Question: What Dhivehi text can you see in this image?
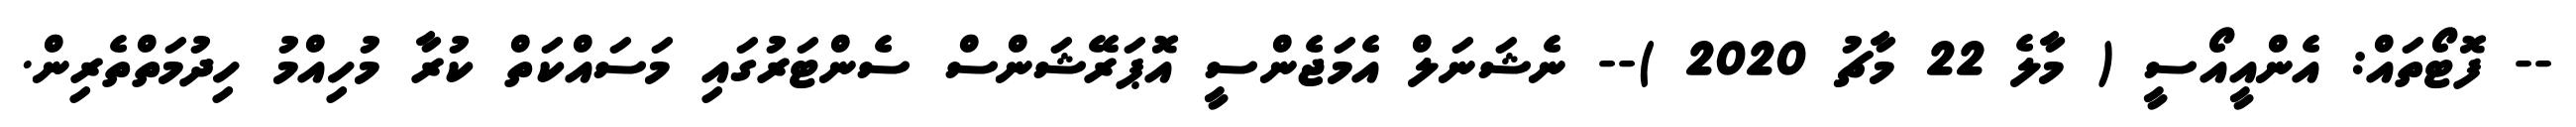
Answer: -- ފޮޓޯތައް: އެންއީއޯސީ ( މާލެ 22 މާޗު 2020 )-- ނެޝަނަލް އެމަޖެންސީ އޮޕަރޭޝަންސް ސެންޓަރުގައި މަސައްކަތް ކުރާ މުހިއްމު ހިދުމަތްތެރިން.